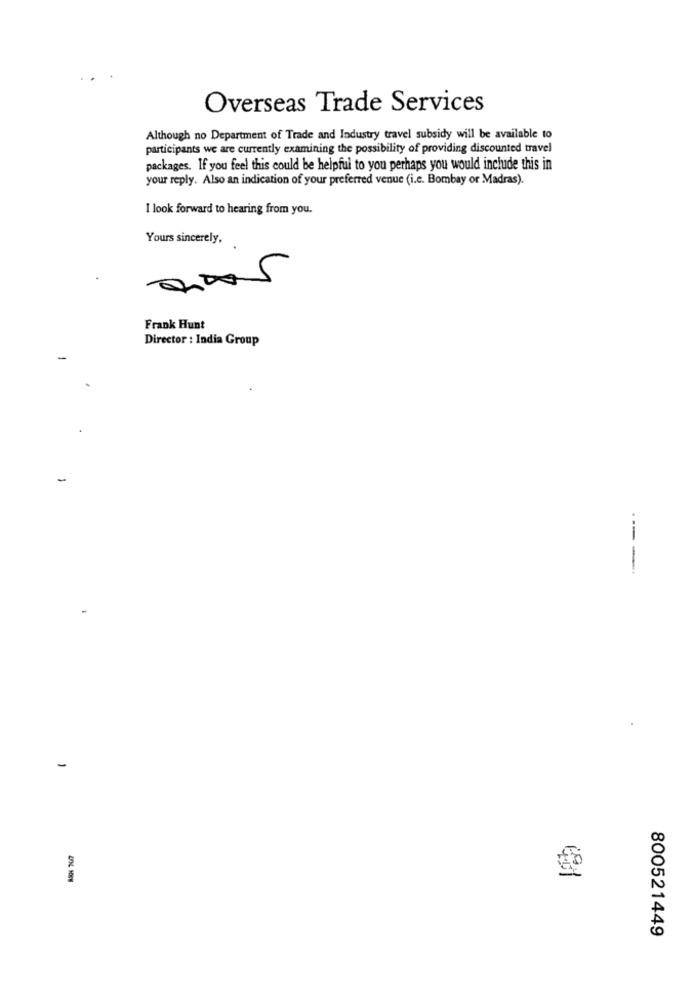
Overseas Trade Services
Although no Department of Trade and Industry travel subsidy will be available to
participants we are currently examining the possibility of providing discounted travel
packages. If you feel this could be helpful to you perhaps you would include this in
your reply. Also an indication of your preferred venue (i.e. Bombay or Madras).
I look forward to hearing from you.
Yours sincerely,
Frank Hunt
Director : India Group
----.
800521449